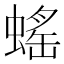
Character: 𧎼